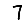
Digit: 7